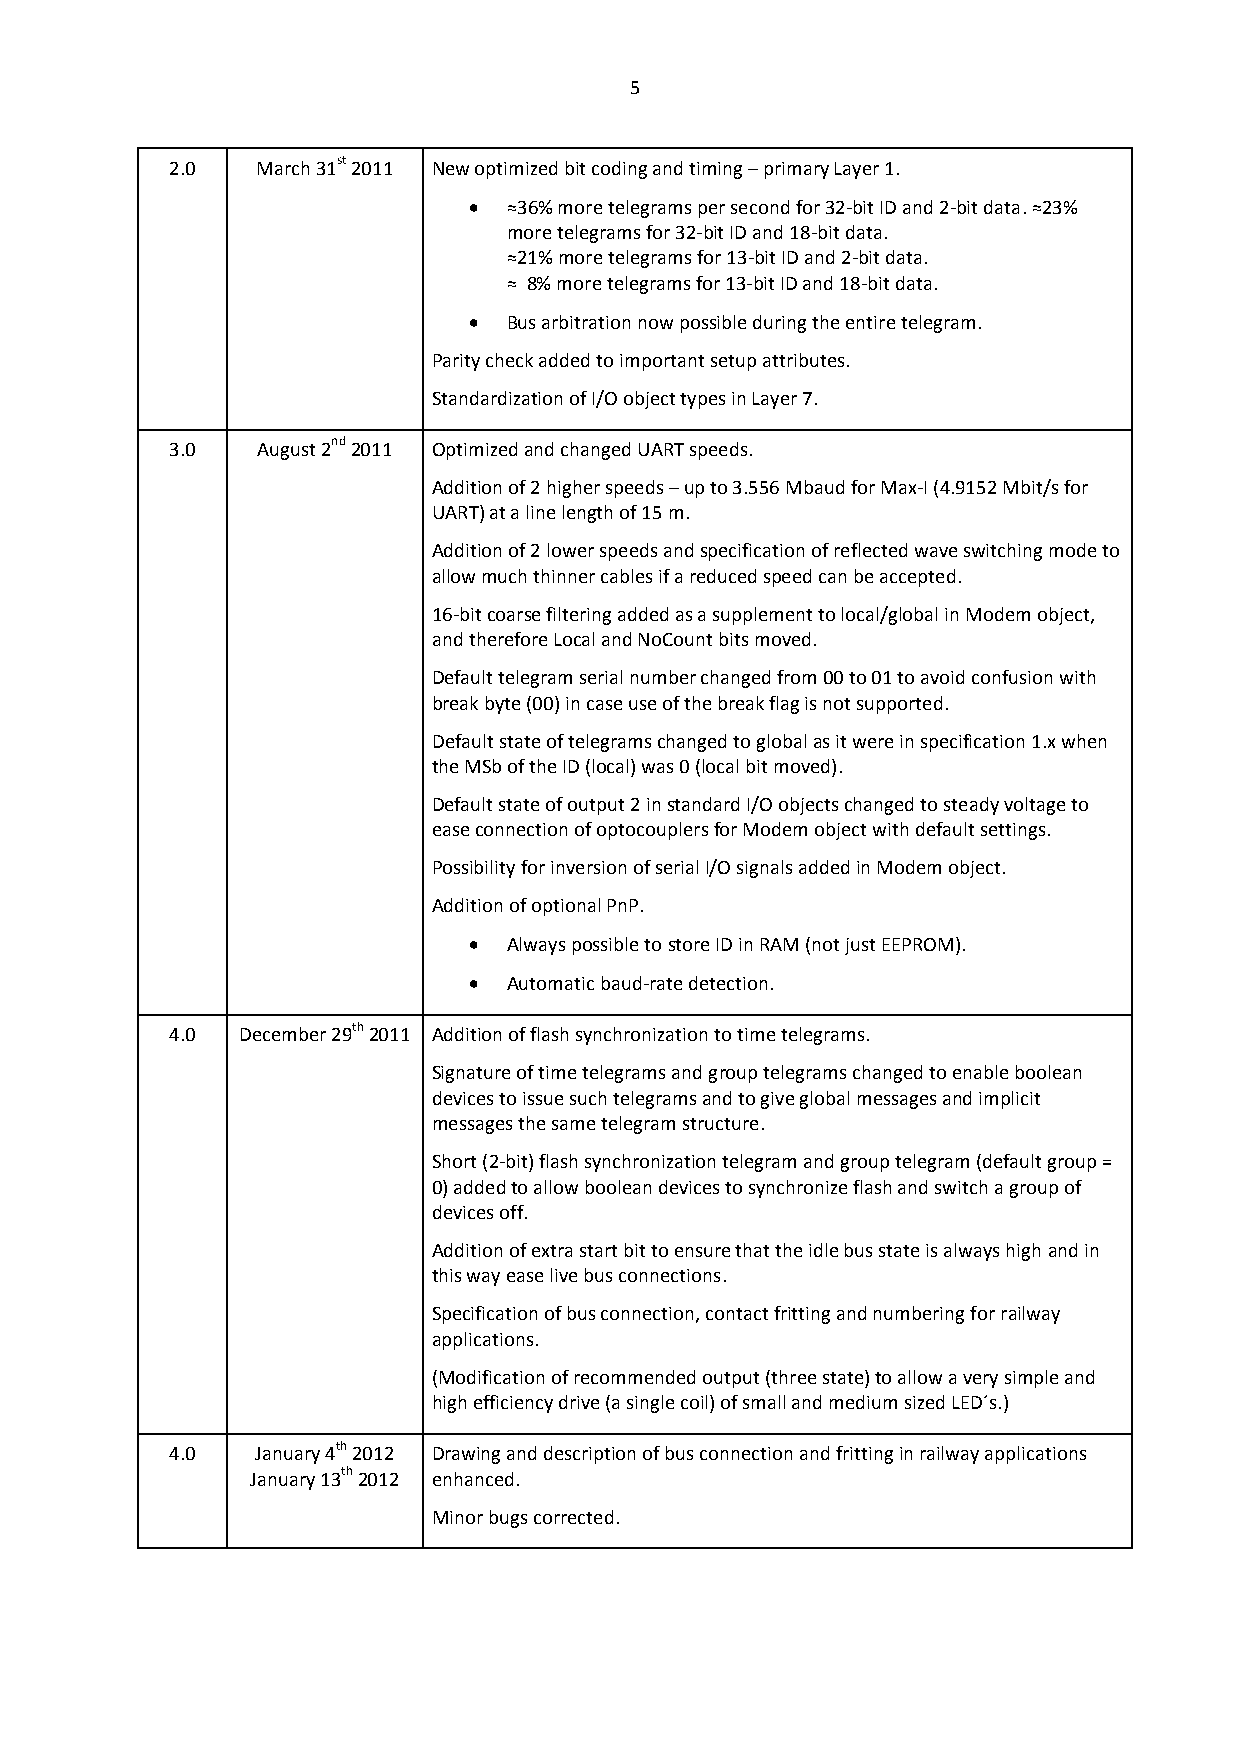
5
 2.0   March 31st 2011 New optimized bit coding and timing – primary Layer 1.
   ≈36% more telegrams per second for 32-bit ID and 2-bit data. ≈23%
 more telegrams for 32-bit ID and 18-bit data.
 ≈21% more telegrams for 13-bit ID and 2-bit data.
 ≈ 8% more telegrams for 13-bit ID and 18-bit data.
   Bus arbitration now possible during the entire telegram.
 Parity check added to important setup attributes.
 Standardization of I/O object types in Layer 7.
 3.0   August 2nd 2011 Optimized and changed UART speeds.
 Addition of 2 higher speeds – up to 3.556 Mbaud for Max-I (4.9152 Mbit/s for
 UART) at a line length of 15 m.
 Addition of 2 lower speeds and specification of reflected wave switching mode to
 allow much thinner cables if a reduced speed can be accepted.
 16-bit coarse filtering added as a supplement to local/global in Modem object,
 and therefore Local and NoCount bits moved.
 Default telegram serial number changed from 00 to 01 to avoid confusion with
 break byte (00) in case use of the break flag is not supported.
 Default state of telegrams changed to global as it were in specification 1.x when
 the MSb of the ID (local) was 0 (local bit moved).
 Default state of output 2 in standard I/O objects changed to steady voltage to
 ease connection of optocouplers for Modem object with default settings.
 Possibility for inversion of serial I/O signals added in Modem object.
 Addition of optional PnP.
   Always possible to store ID in RAM (not just EEPROM).
   Automatic baud-rate detection.
 4.0  December 29th 2011 Addition of flash synchronization to time telegrams.
 Signature of time telegrams and group telegrams changed to enable boolean
 devices to issue such telegrams and to give global messages and implicit
 messages the same telegram structure.
 Short (2-bit) flash synchronization telegram and group telegram (default group =
 0) added to allow boolean devices to synchronize flash and switch a group of
 devices off.
 Addition of extra start bit to ensure that the idle bus state is always high and in
 this way ease live bus connections.
 Specification of bus connection, contact fritting and numbering for railway
 applications.
 (Modification of recommended output (three state) to allow a very simple and
 high efficiency drive (a single coil) of small and medium sized LED´s.)
 4.0   January 4th 2012 Drawing and description of bus connection and fritting in railway applications
 January 13th 2012 enhanced.
 Minor bugs corrected.